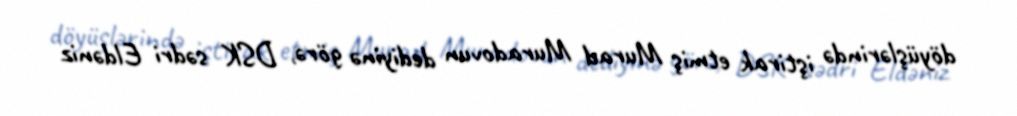
döyüşlərində iştirak etmiş Murad Muradovun dediyinə görə, DSK sədri Eldəniz